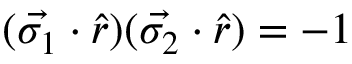
( \vec { \sigma _ { 1 } } \cdot \hat { r } ) ( \vec { \sigma _ { 2 } } \cdot \hat { r } ) = - 1